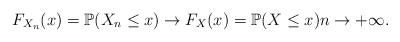
LaTeX: \begin{align*}F_{X_n}(x)=\mathbb{P}(X_n \leq x) \rightarrow F_{X}(x)=\mathbb{P}(X \leq x) n\rightarrow +\infty. \end{align*}